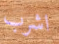
اشرب